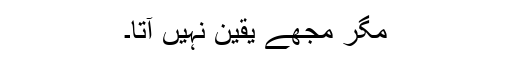
مگر مجھے یقین نہیں آتا۔